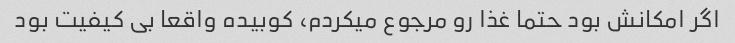
اگر امکانش بود حتما غذا رو مرجوع میکردم، کوبیده واقعا بی کیفیت بود